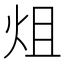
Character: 𤇅